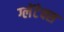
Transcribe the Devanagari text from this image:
ग्लेंटेक्स